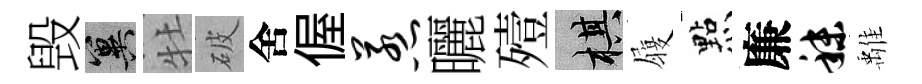
毁冀牡破舍偓惹曬殪棋履㸃廉秣𩀌